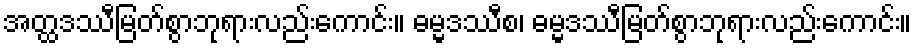
အတ္ထဒဿီမြတ်စွာဘုရားလည်းကောင်း။ ဓမ္မဒဿီစ၊ ဓမ္မဒဿီမြတ်စွာဘုရားလည်းကောင်း။